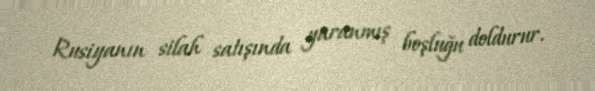
Rusiyanın silah satışında yaranmış boşluğu doldurur.